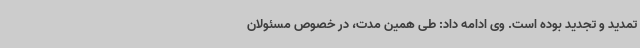
تمدید و تجدید بوده است. وی ادامه داد: طی همین مدت، در خصوص مسئولان